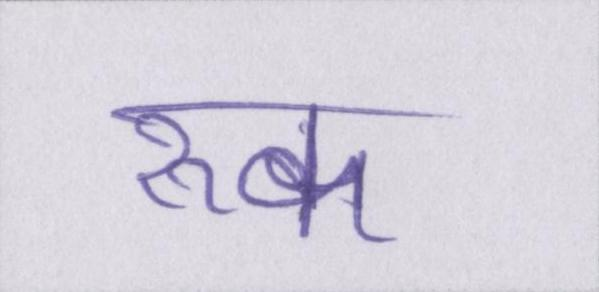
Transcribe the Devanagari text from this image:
रूक